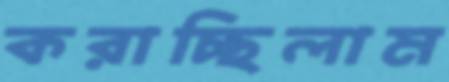
করাচ্ছিলাম